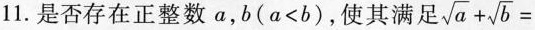
11.是否存在正整数a，b($$a < b$$)，使其满足$$\sqrt { a } + \sqrt { b } =